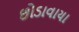
છોડાવાયા